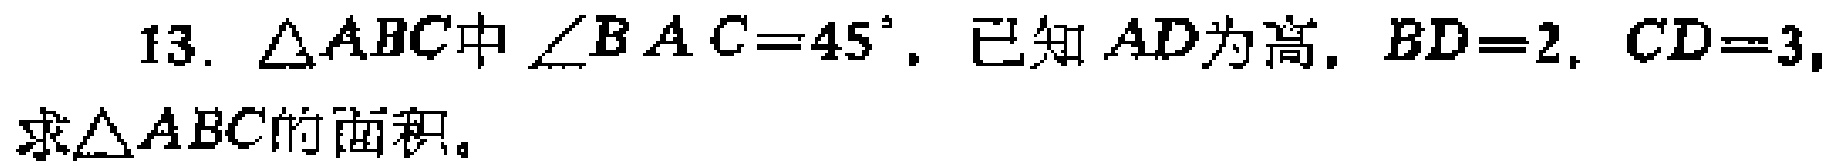
13. $\triangle ABC$中$\angle BAC = 45^{\circ}$，已知$AD$为高，$BD = 2$，$CD = 3$，求$\triangle ABC$的面积。